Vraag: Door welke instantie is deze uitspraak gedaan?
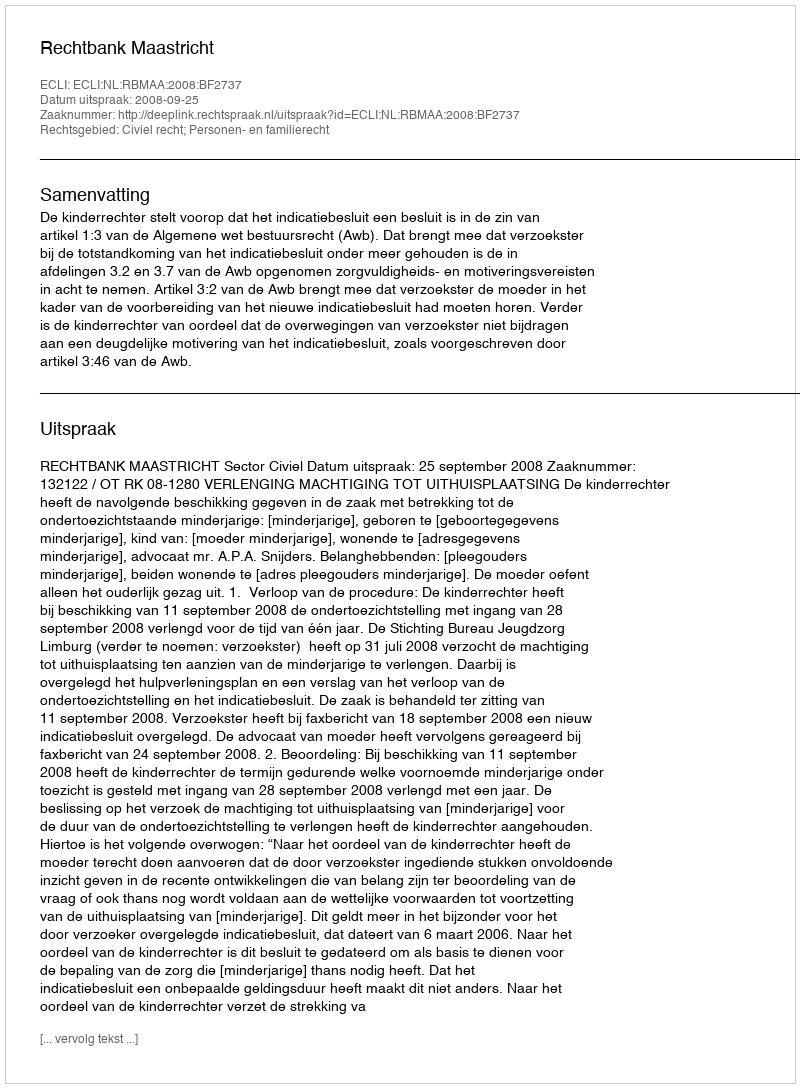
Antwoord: Rechtbank Maastricht